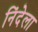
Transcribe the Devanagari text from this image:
निंदेला